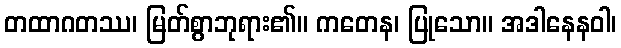
တထာဂတဿ၊ မြတ်စွာဘုရား၏။ ကတေန၊ ပြုသော။ အဒါနေနဝါ၊